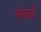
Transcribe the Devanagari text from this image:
संध्याएँ